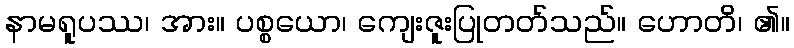
နာမရူပဿ၊ အား။ ပစ္စယော၊ ကျေးဇူးပြုတတ်သည်။ ဟောတိ၊ ၏။